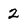
Character: 2